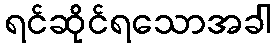
ရင်ဆိုင်ရသောအခါ